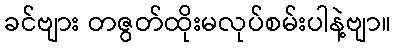
ခင်ဗျား တဇွတ်ထိုးမလုပ်စမ်းပါနဲ့ဗျာ။